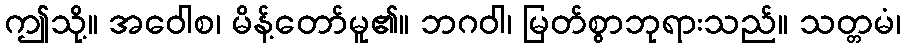
ဤသို့။ အဝေါစ၊ မိန့်တော်မူ၏။ ဘဂဝါ၊ မြတ်စွာဘုရားသည်။ သတ္တမံ၊